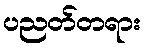
ပညတ်တရား